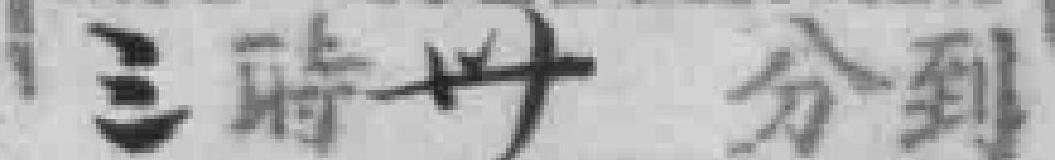
三時卅分到